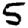
Digit: 5